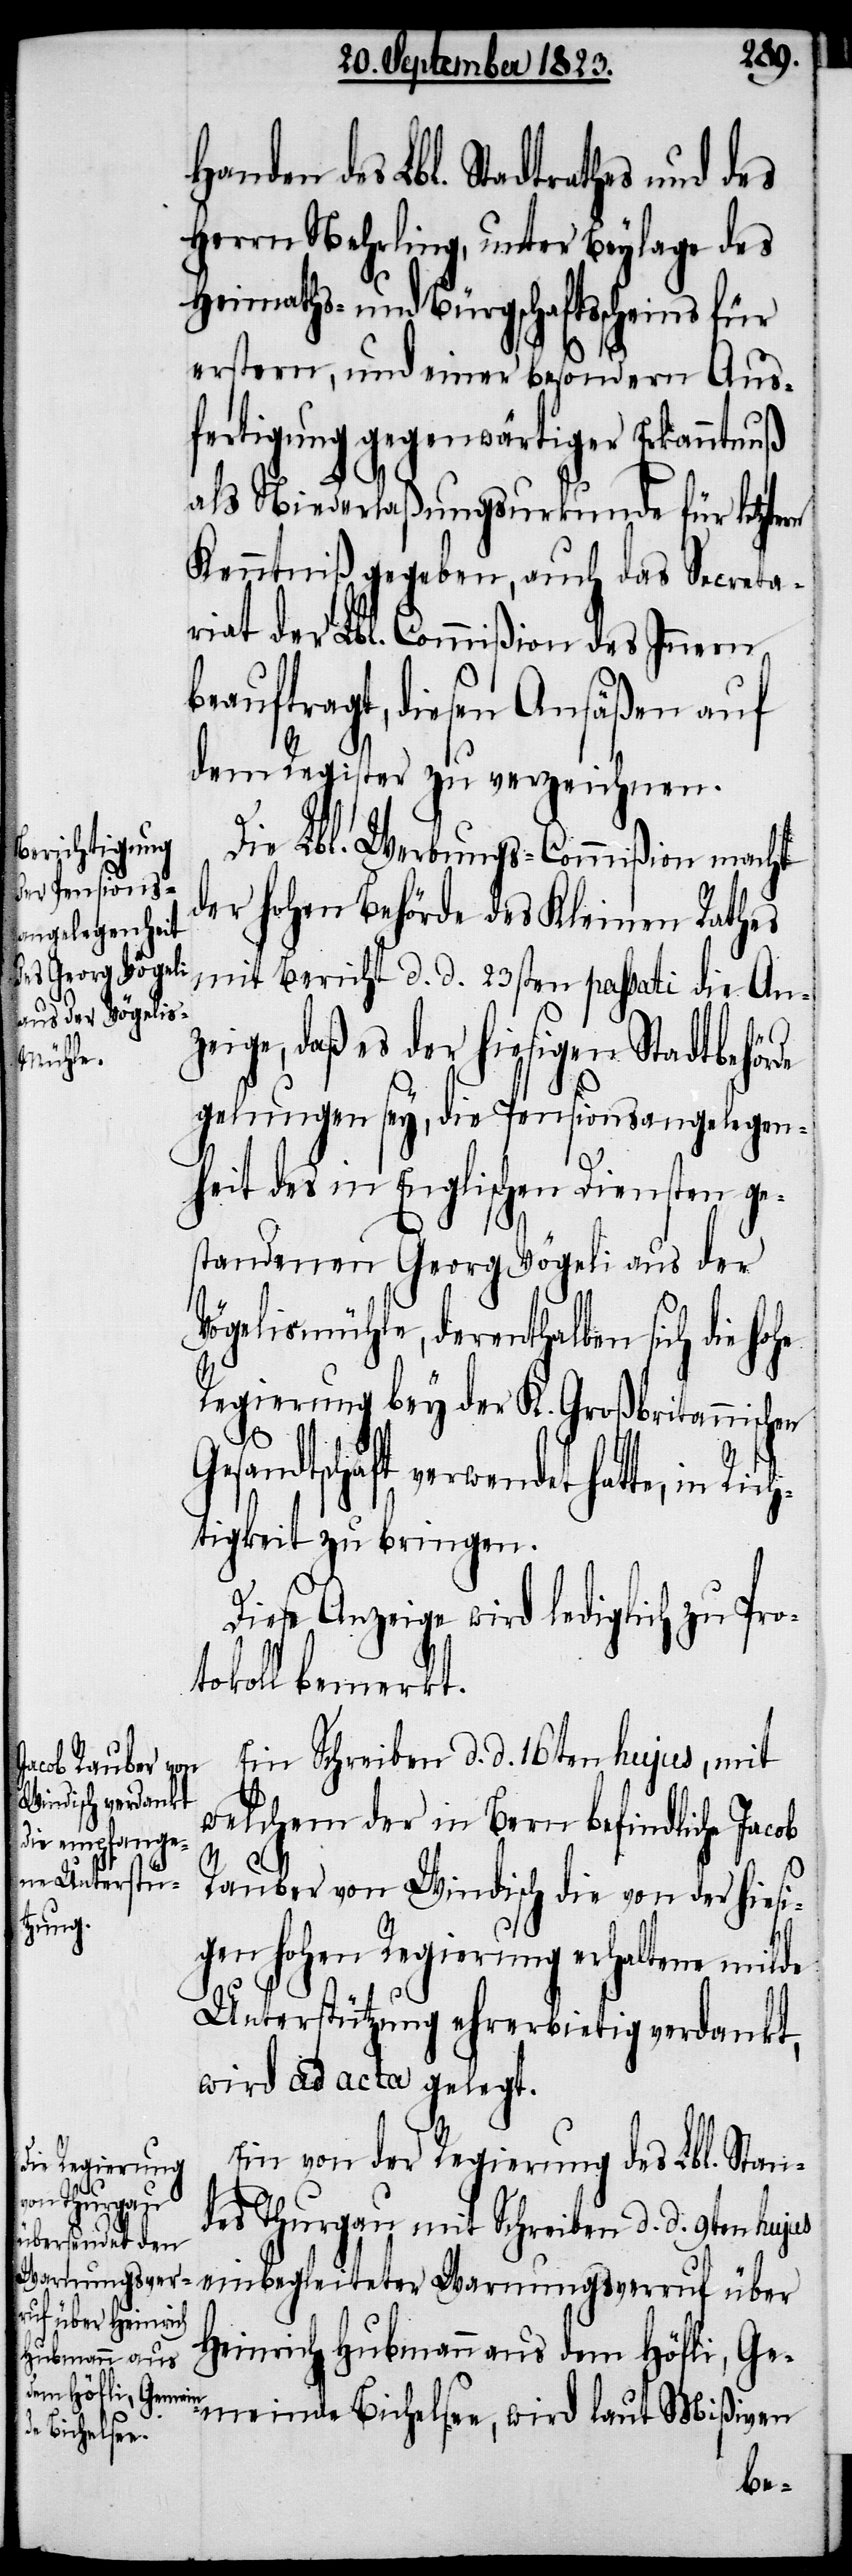
rn
Handen des Lbl. Stadtrathes und des
Herrn Nehrling, unter Beylage des
Heimaths- und Bürgschaftsscheins für
erstern, und einer besondern Aus¬
fertigung gegenwärtiger Erkanntnuß
als Niederlaßungsurkunde für letzte¬
Kenntniß gegeben, auch das Secreta¬
riat der Lbl. Commißion des Innern
beauftragt, diesen Ansäßen auf
dem Register zu verzeichnen.
Die Lbl. Werbungs-Commißion macht
der hohen Behörde des Kleinen Rathes
mit Bericht d. d. 23sten passati die Anz¬
eige, daß es der hiesigen Stadtbehörde
Rich¬
gelungen sey, die Pensionsangelegen¬
heit des in Englischen Diensten ge¬
standenen Georg Vögeli aus der
Vögelismühle, derenthalben sich die
Regierung bey der K. Großbritannischen
sandtschaft verwendet hatte, in
tigkeit zu bringen.
Diese Anzeige wird lediglich zu Pro¬
tokoll bemerkt.
Ein Schreiben d. d. 16ten hujus, mit
welchem der in Bern befindliche Jacob
Rauber von Windisch die von der hiesi¬
gen hohen Regierung erhaltene milde
Unterstützung ehrerbietig verdankt,
wird ad acta gelegt.
Ein von der Regierung des Lbl. Stan¬
des Thurgau mit Schreiben d. d. 9ten hujus
einbegleiteter Warnungsverruf über
Heinrich Hubmann aus dem Höfli, Ge¬
meinde Bichelsee, wird laut Mißiven
Ge¬